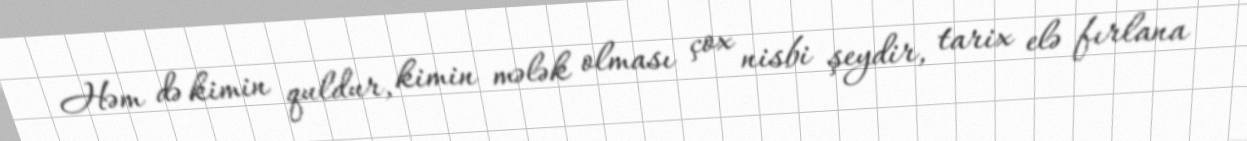
Həm də kimin quldur, kimin mələk olması çox nisbi şeydir, tarix elə fırlana